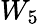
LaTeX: W_{5}